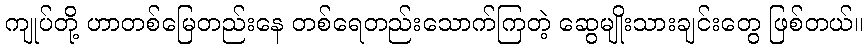
ကျုပ်တို့ ဟာတစ်မြေတည်းနေ တစ်ရေတည်းသောက်ကြတဲ့ ဆွေမျိုးသားချင်းတွေ ဖြစ်တယ်။